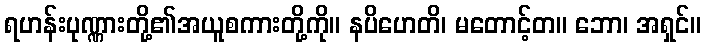
ရဟန်းပုဏ္ဏားတို့၏အယူစကားတို့ကို။ နပိဟေတိ၊ မတောင့်တ။ ဘော၊ အရှင်။